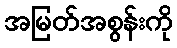
အမြတ်အစွန်းကို